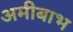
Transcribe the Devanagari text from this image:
अमीबाभ